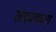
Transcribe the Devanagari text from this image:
सावळतबारा